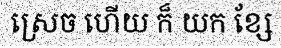
ស្រេច ហើយ ក៏ យក ខ្សែ